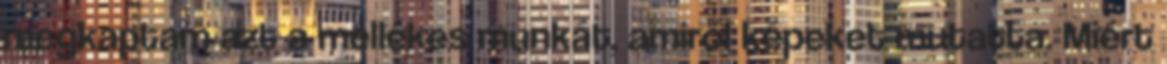
megkaptam azt a mellékes munkát, amiről képeket mutatta. Miért